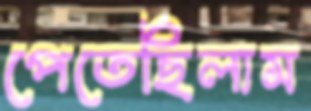
পেতেছিলাম